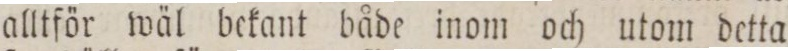
alltför wäl bekant både inom och utom detta